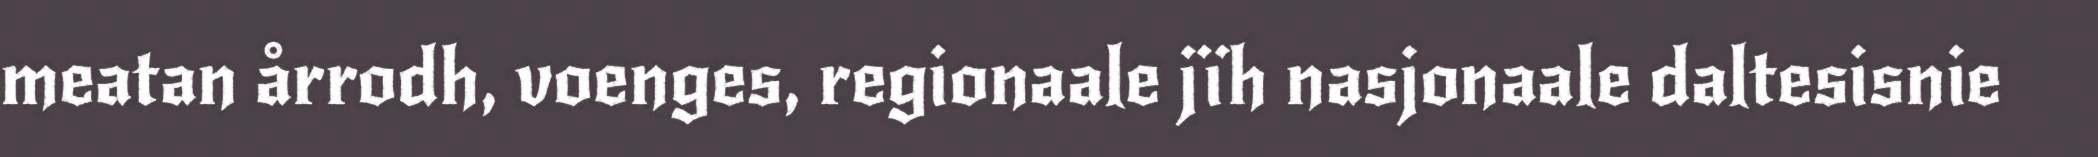
meatan årrodh, voenges, regionaale jïh nasjonaale daltesisnie